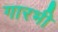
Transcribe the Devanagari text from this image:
गारभी